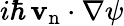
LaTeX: i\hbar\, {\mathbf v_{\mathrm{n}}}\cdot{\mathbf\nabla}\psi